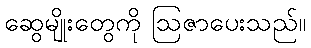
ဆွေမျိုးတွေကို ဩဇာပေးသည်။